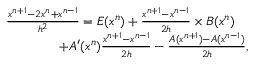
\begin{array} { r l } & { \frac { x ^ { n + 1 } - 2 x ^ { n } + x ^ { n - 1 } } { h ^ { 2 } } = E ( x ^ { n } ) + \frac { x ^ { n + 1 } - x ^ { n - 1 } } { 2 h } \times B ( x ^ { n } ) } \\ & { \qquad \qquad + A ^ { \prime } ( x ^ { n } ) \frac { x ^ { n + 1 } - x ^ { n - 1 } } { 2 h } - \frac { A ( x ^ { n + 1 } ) - A ( x ^ { n - 1 } ) } { 2 h } , } \end{array}